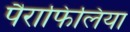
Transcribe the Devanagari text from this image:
पैराफिलिया